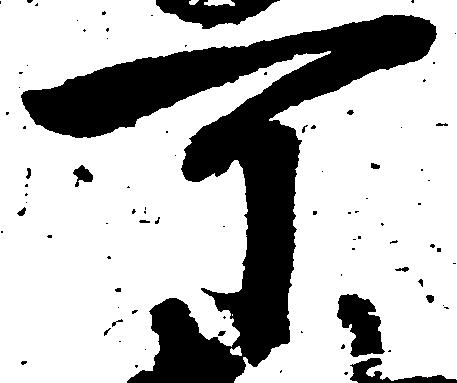
可